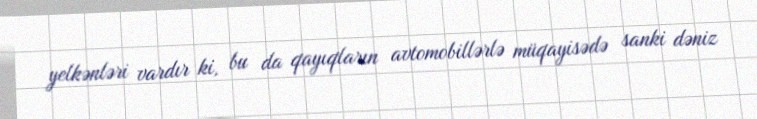
yelkənləri vardır ki, bu da qayıqların avtomobillərlə müqayisədə sanki dəniz